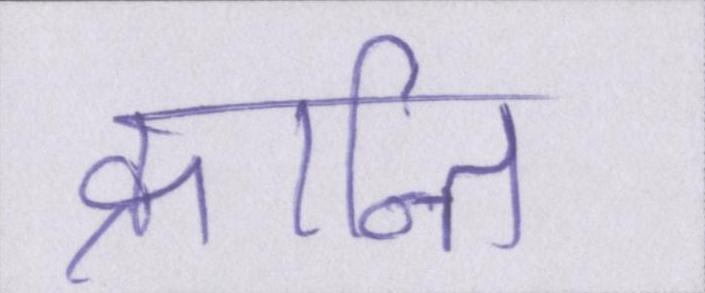
क्रान्ति